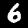
Label: 6